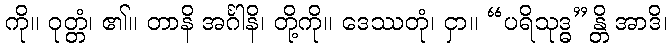
ကို။ ဝုတ္တံ၊ ၏။ တာနိ အင်္ဂါနိ၊ တို့ကို။ ဒေဿတုံ၊ ငှာ။ “ပရိသုဒ္ဓ”န္တိ အာဒိ၊